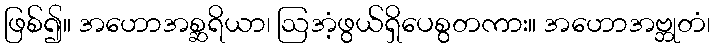
ဖြစ်၍။ အဟောအစ္ဆရိယာ၊ ဩအံ့ဖွယ်ရှိပေစွတကား။ အဟောအဗ္ဘုတံ၊